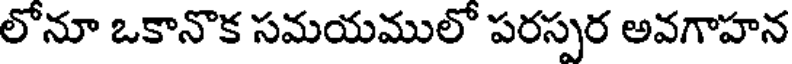
లోనూ ఒకానొక సమయములో పరస్పర అవగాహన